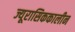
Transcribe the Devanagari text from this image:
ज्यूरासिककालीन